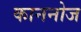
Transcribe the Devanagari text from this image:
काननोज